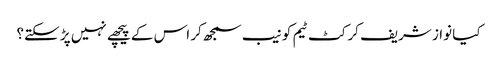
کیا نواز شریف کرکٹ ٹیم کو نیب سمجھ کر اس کے پیچھے نہیں پڑ سکتے؟